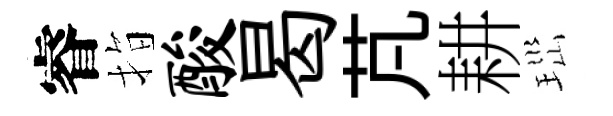
睿指酸曷芃耕𤤼